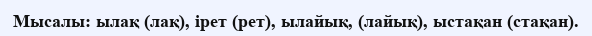
Мысалы: ылақ (лақ), ірет (рет), ылайық, (лайық), ыстақан (стақан).